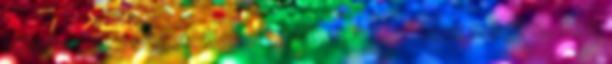
külsős segítséget. Bármi is állhat a kérdések mögött, nem